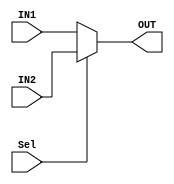
//-----------------------------------------------------------------------

// Module: MUX


// Description: 2X1 MUX.


//----------------------------------------------------------------------

module MUX #(

//-----------------------------------------------------------------------
//                    Parameters Decleration   
//-----------------------------------------------------------------------

 parameter DATA_WIDTH   = 32


)





( 
//-----------------------------------------------------------------------
//                        Port Decleration   
//-----------------------------------------------------------------------
  
  input wire  [DATA_WIDTH-1:0]      IN1,
  
  input wire  [DATA_WIDTH-1:0]      IN2,
  
  input wire                        Sel,
  
  output reg  [DATA_WIDTH-1:0]      OUT
  
  );
  
  always@(*)
  
  begin
    
  if(Sel)
    
    OUT = IN2;
    
  else
    
    OUT = IN1;
    
  end
  
  
endmodule